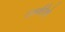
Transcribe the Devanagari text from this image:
उर्ध्वरेशे